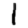
Digit: 1